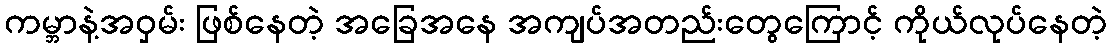
ကမ္ဘာနဲ့အဝှမ်း ဖြစ်နေတဲ့ အခြေအနေ အကျပ်အတည်းတွေကြောင့် ကိုယ်လုပ်နေတဲ့